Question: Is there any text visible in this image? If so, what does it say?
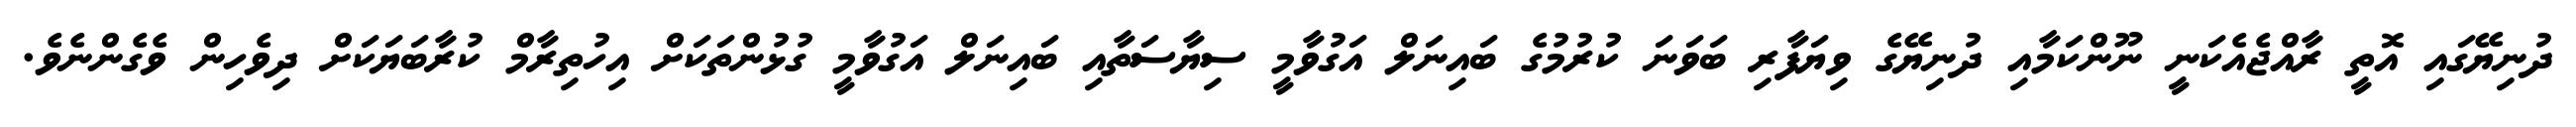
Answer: ދުނިޔޭގައި އޮތީ ރާއްޖެއެކަނީ ނޫންކަމާއި ދުނިޔޭގެ ވިޔަފާރި ބަވަނަ ކުރުމުގެ ބައިނަލް އަގުވާމީ ސިޔާސަތާއި ބައިނަލް އަގުވާމީ ގުޅުންތަކަށް އިހުތިރާމް ކުރާބަޔަކަށް ދިވެހިން ވެގެންނެވެ.